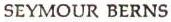
SEYMOUR BERNS